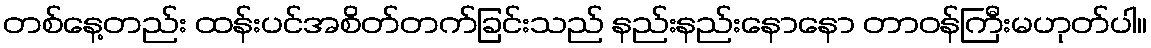
တစ်နေ့တည်း ထန်းပင်အစိတ်တက်ခြင်းသည် နည်းနည်းနောနော တာဝန်ကြီးမဟုတ်ပါ။